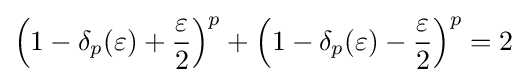
\left(1-\delta _{p}(\varepsilon )+{\frac {\varepsilon }{2}}\right)^{p}+\left(1-\delta _{p}(\varepsilon )-{\frac {\varepsilon }{2}}\right)^{p}=2